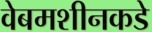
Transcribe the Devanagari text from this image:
वेबमशीनकडे